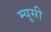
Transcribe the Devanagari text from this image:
म्यूसी